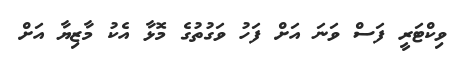
ވިކްޓަރީ ފަސް ވަނަ އަށް ފަހު ވަގުތުގެ މޮޅާ އެކު މާޒިޔާ އަށް